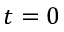
t = 0